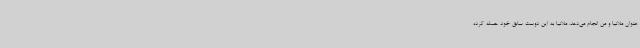
عنوان ملانیا و من انجام می‌دهد. ملانیا به این دوست سابق خود حمله کرده